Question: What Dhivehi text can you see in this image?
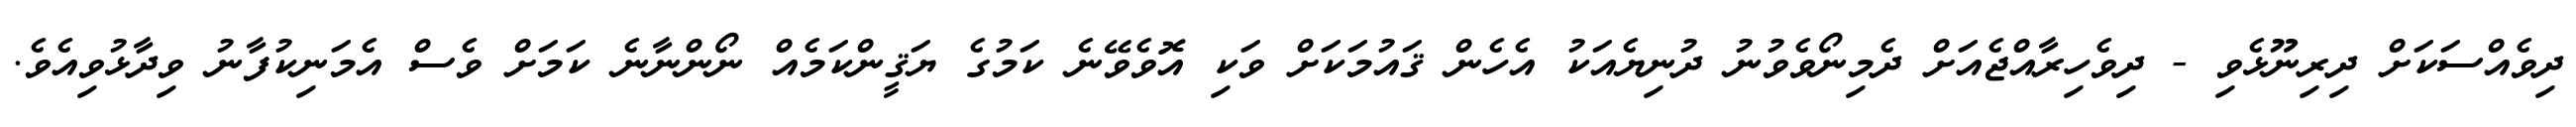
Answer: ދިވެއްސަކަށް ދިރިނޫޅެވި - ދިވެހިރާއްޖެއަށް ދެމިނޯވެވުނު ދުނިޔެއަކު އެހެން ޤައުމަކަށް ވަކި އޮވެވޭނެ ކަމުގެ ޔަޤީންކަމެއް ނޯންނާނެ ކަމަށް ވެސް އެމަނިކުފާނު ވިދާޅުވިއެވެ.